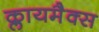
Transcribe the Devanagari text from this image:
क्लायमैक्स